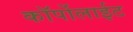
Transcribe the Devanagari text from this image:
कॉर्पोलाईट